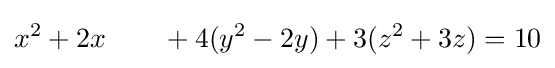
x^{2}+2x\qquad +4(y^{2}-2y)+3(z^{2}+3z)=10